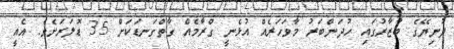
ދުނިޔޭގެ ބާޒާރުގައި ހުދަންބަރު މާވަހަރެއް އުޅެނީ ގްރާމެއް ގާތްގަނޑަކަށް 35 ޑޮލަރަށެވެ. އެއީ